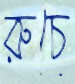
রুচে